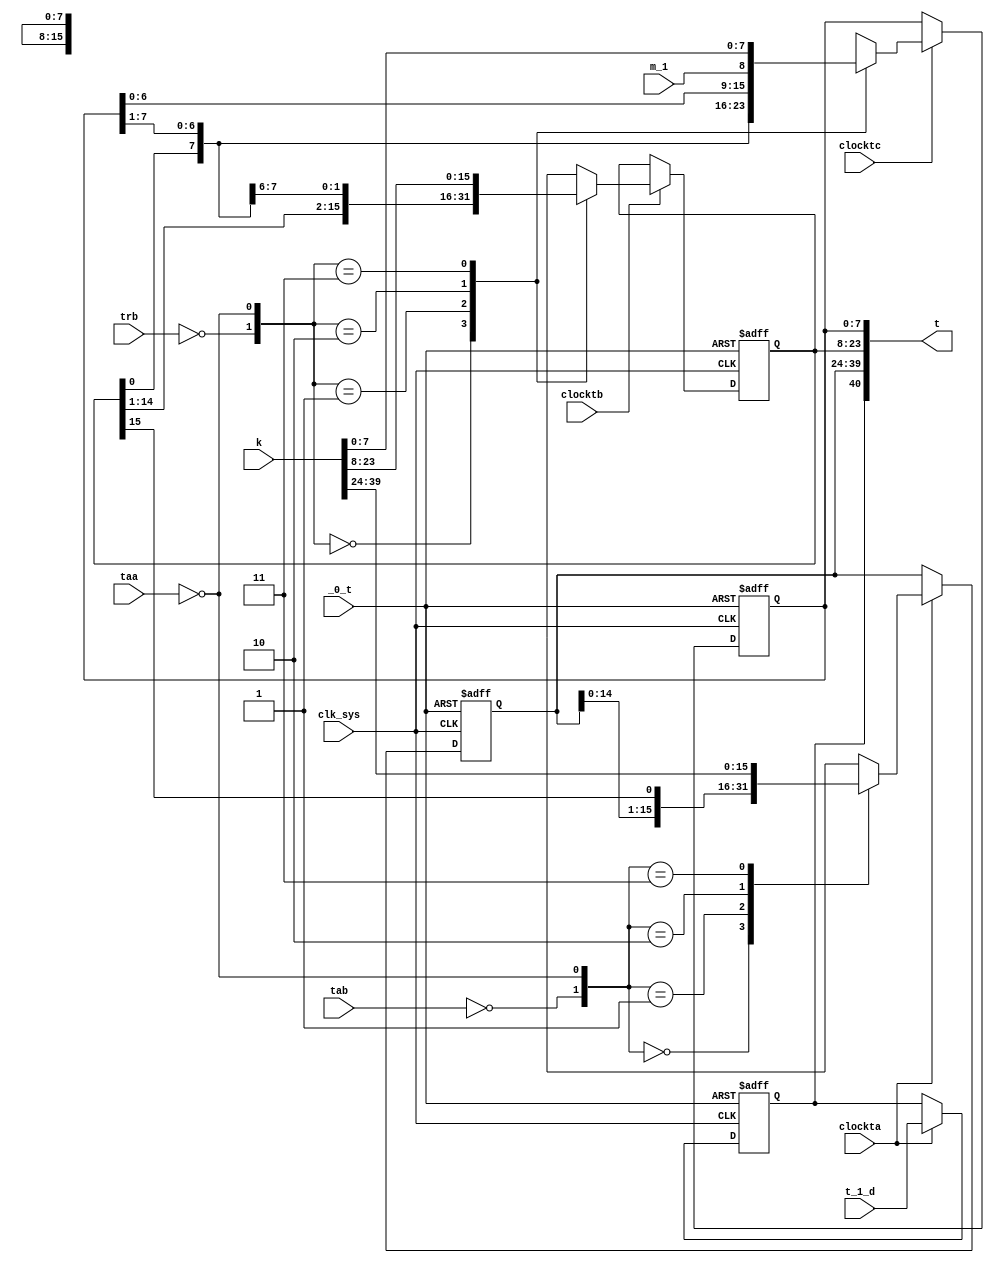
// This program was cloned from: https://github.com/jakubfi/mera400f
// License: GNU General Public License v2.0

module t(
	input clk_sys,
	input _0_t,
	input taa,
	input tab,
	input trb,
	input clockta,
	input clocktb,
	input clocktc,
	input t_1_d,
	input [0:39] k,
	input m_1,
	output reg [-1:39] t
);

	always @ (posedge clk_sys, posedge _0_t) begin
		if (_0_t) t[0:15] <= 0;
		else if (clockta) case ({~tab, ~taa})
			2'b00: t[0:15] <= t[0:15];
			2'b01: t[0:15] <= t[-1:14];
			2'b10: t[0:15] <= t[1:16];
			2'b11: t[0:15] <= k[0:15];
		endcase
	end

	always @ (posedge clk_sys, posedge _0_t) begin
		if (_0_t) t[16:31] <= 0;
		else if (clocktb) case ({~trb, ~taa})
			2'b00: t[16:31] <= t[16:31];
			2'b01: t[16:31] <= t[15:30];
			2'b10: t[16:31] <= t[17:32];
			2'b11: t[16:31] <= k[16:31];
		endcase
	end

	always @ (posedge clk_sys, posedge _0_t) begin
		if (_0_t) t[32:39] <= 0;
		else if (clocktc) case ({~trb, ~taa})
			2'b00: t[32:39] <= t[32:39];
			2'b01: t[32:39] <= t[31:38];
			2'b10: t[32:39] <= {t[33:39], m_1};
			2'b11: t[32:39] <= k[32:39];
		endcase
	end

	always @ (posedge clk_sys, posedge _0_t) begin
		if (_0_t) t[-1] <= 1'b0;
		else if (clockta) t[-1] <= t_1_d;
	end

endmodule

// vim: tabstop=2 shiftwidth=2 autoindent noexpandtab